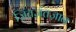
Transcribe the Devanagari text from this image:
ज़िंतज़ंतज़ान